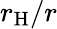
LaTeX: r_{\mathrm{H}}/r